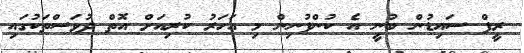
ރީފް ސައިޑުން ބުނީ އެ ކުންފުނިން މި އަހަރު ކުރިއަށް އޮތް ދުވަސްތަކުގައި